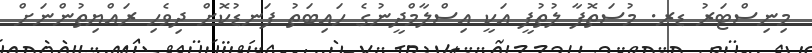
މިނިސްޓަރު ޑރ. މުސަތޮފާ ލުތުފީ އަކީ އިސްލާމްދީނުގެ ހައިބަތު ފަނޑުކޮށް ދިވެހި ރައްޔިތުންނަށް